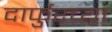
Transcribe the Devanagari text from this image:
दार्फुरच्या